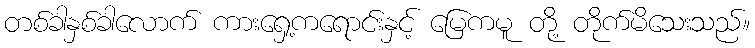
တစ်ခါနှစ်ခါလောက် ကားရှေ့ကရောင်းနှင့် မြေကမူ တို့ တိုက်မိသေးသည်။